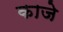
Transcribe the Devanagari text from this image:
काजे